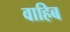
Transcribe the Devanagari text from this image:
वाहिब